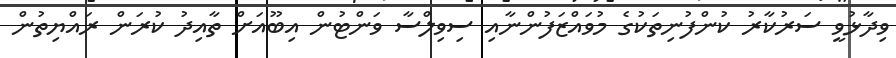
ވިދާޅުވީ ސަރުކާރު ކުންފުނިތަކުގެ މުވައްޒަފުންނާއި ސިވިލްސާ ވަންޓުން އިބޫއަށް ތާއިދު ކުރަން ރައްޔިތުން